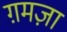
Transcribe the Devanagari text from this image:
ग़मज़ा